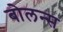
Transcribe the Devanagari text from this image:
बोलन्स